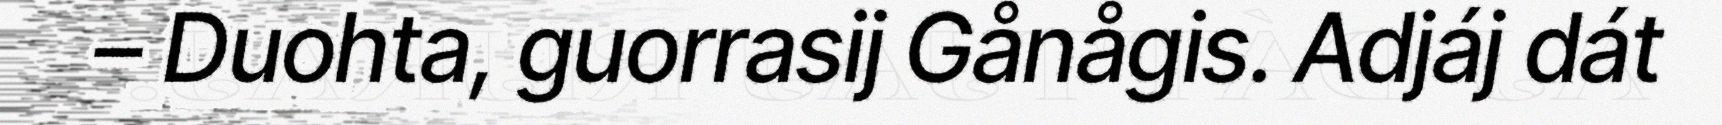
– Duohta, guorrasij Gånågis. Adjáj dát